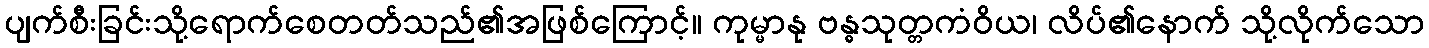
ပျက်စီးခြင်းသို့ရောက်စေတတ်သည်၏အဖြစ်ကြောင့်။ ကုမ္မာနု ဗန္ဓသုတ္တကံဝိယ၊ လိပ်၏နောက် သို့လိုက်သော